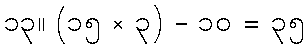
၁၃။ (၁၅ × ၃) - ၁၀ = ၃၅